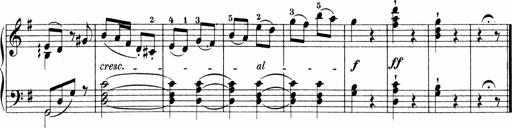
Title: 3 Sonatinas
Composer: Carl Reinecke